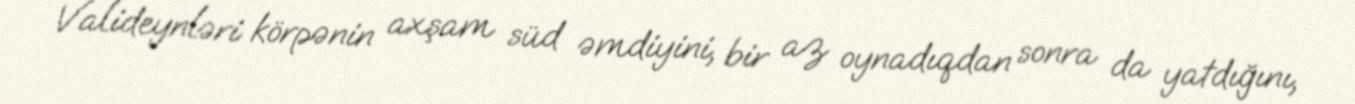
Valideynləri körpənin axşam süd əmdiyini, bir az oynadıqdan sonra da yatdığını,